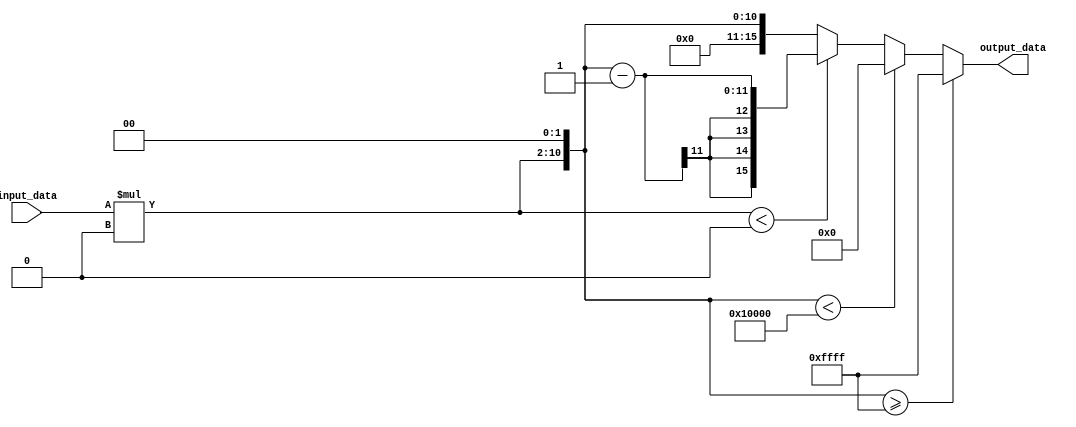
module fixed_point_converter (
    input wire [N-1:0] input_data,
    output reg [M-1:0] output_data
);

parameter N = 8; // Number of bits in input data
parameter M = 16; // Number of bits in output data
parameter P = 4; // Number of integer bits in input data
parameter Q = 8; // Number of fractional bits in input data
parameter R = 6; // Number of integer bits in output data
parameter S = 10; // Number of fractional bits in output data

integer scaled_input_data;
integer scaled_output_data;

// Determine scaling factor
parameter scaling_factor = 2**(Q - S);

// Apply scaling factor to input data
always @* begin
    scaled_input_data = input_data * scaling_factor;
end

// Perform necessary calculations
always @* begin
    scaled_output_data = scaled_input_data >> (Q - S); // Shift to remove fractional bits

    // Perform rounding and saturation to ensure accurate conversion results
    if (scaled_output_data >= 2**(R + S) - 1) begin
        output_data = 2**(R + S) - 1; // Saturation logic
    end else if (scaled_output_data < -2**(R + S)) begin
        output_data = -2**(R + S); // Saturation logic
    end else begin
        if (scaled_input_data < 0) begin
            output_data = scaled_output_data - 1; // Rounding logic
        end else begin
            output_data = scaled_output_data;
        end
    end
end

endmodule